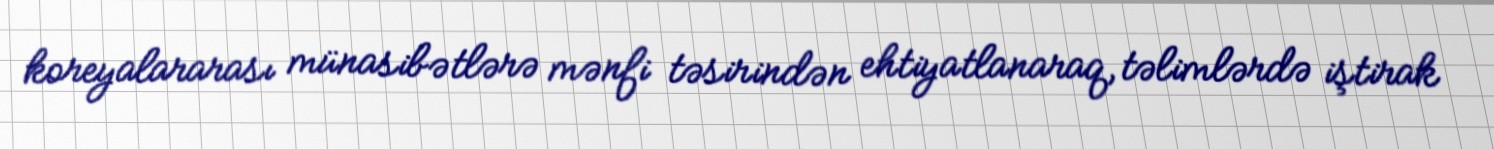
koreyalararası münasibətlərə mənfi təsirindən ehtiyatlanaraq, təlimlərdə iştirak